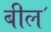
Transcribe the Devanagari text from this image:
बील॔